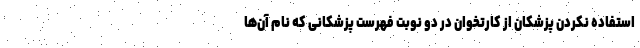
استفاده نکردن پزشکان از کارتخوان در دو نوبت فهرست پزشکانی که نام آن‌ها